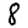
Digit: 8